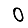
Digit: 0